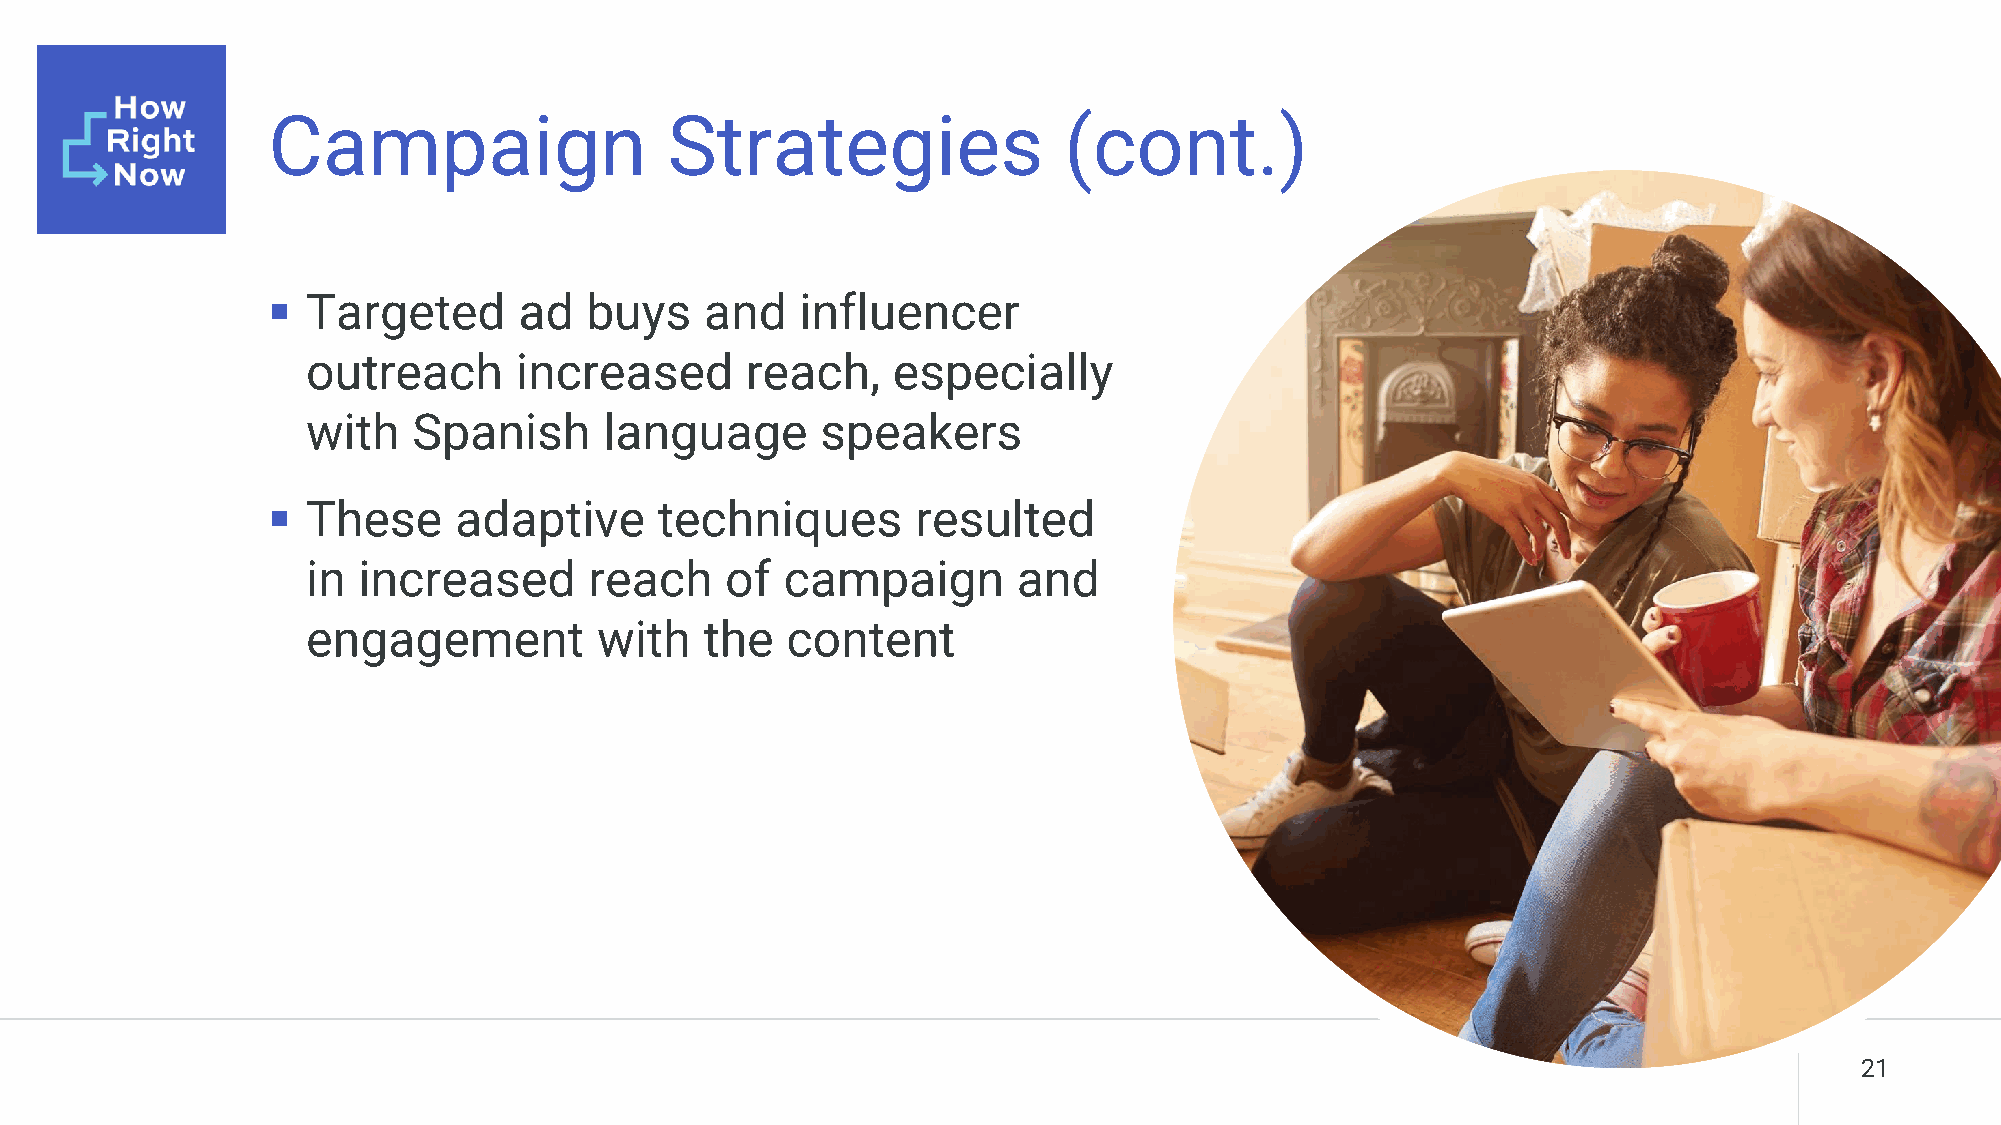
Campaign                  Strategies                (cont.)
 ▪ Targeted      ad   buys    and   influencer
 outreach      increased      reach,    especially
 with   Spanish      language      speakers
 ▪ These     adaptive      techniques       resulted
 in  increased      reach    of  campaign       and
 engagement          with   the  content
 21